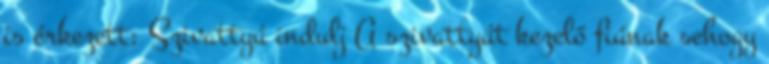
is érkezett: Szivattyú indulj A szivattyút kezelő fiúnak sehogy